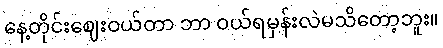
နေ့တိုင်းဈေးဝယ်တာ ဘာ ဝယ်ရမှန်းလဲမသိတော့ဘူး။